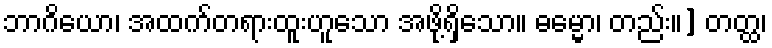
ဘာဂိယော၊ အထက်တရားထူးဟူသော အဖို့ရှိသော။ ဓမ္မော၊ တည်း။] တတ္ထ၊